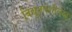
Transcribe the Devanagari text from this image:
विद्युतपेशीलेख